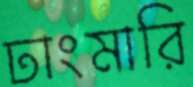
ঢাংমারি